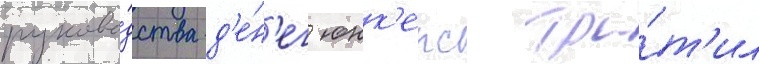
руково́дства д'е́н'ег юнк'ерс тра́т'ил